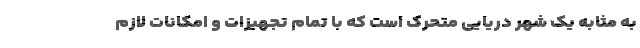
به مثابه یک شهر دریایی متحرک است که با تمام تجهیزات و امکانات لازم